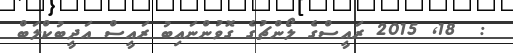
:  18